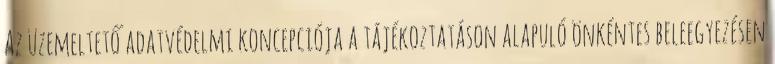
Az üzemeltető adatvédelmi koncepciója a tájékoztatáson alapuló önkéntes beleegyezésen